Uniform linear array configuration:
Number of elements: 12
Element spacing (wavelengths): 1
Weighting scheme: exponential
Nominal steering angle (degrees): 60
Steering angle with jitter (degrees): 58.317
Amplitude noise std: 0.05
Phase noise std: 0.05

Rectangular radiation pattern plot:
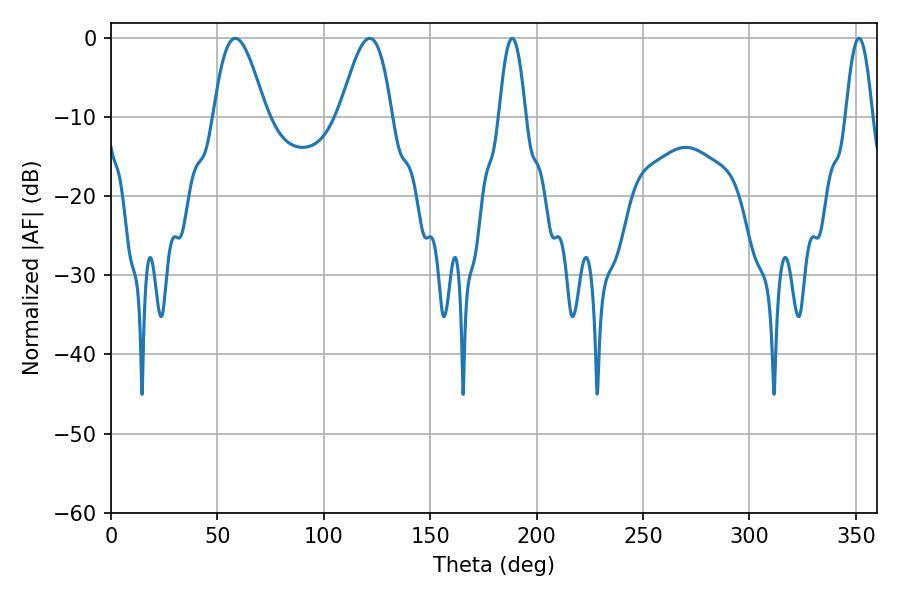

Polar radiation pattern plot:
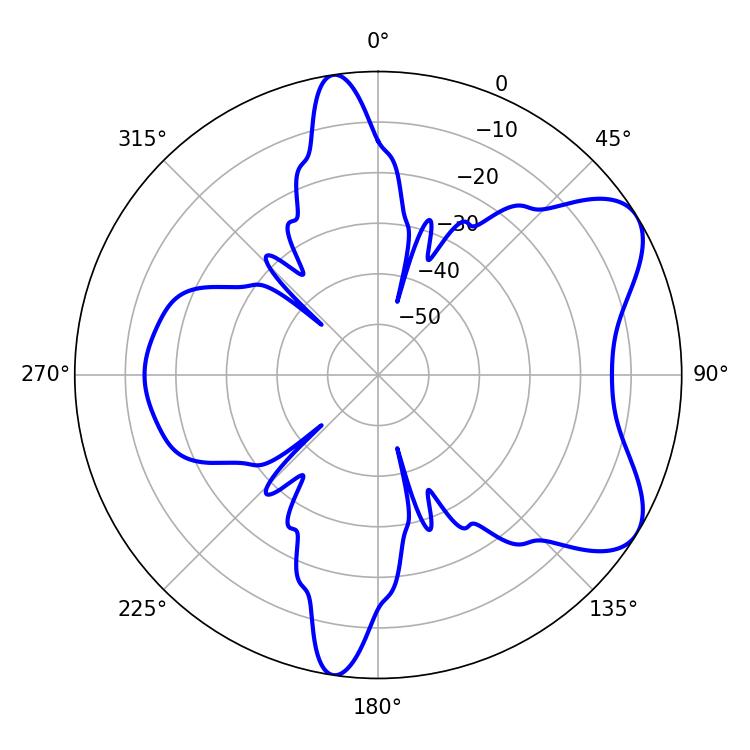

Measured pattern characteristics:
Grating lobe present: TRUE
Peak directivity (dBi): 6.954
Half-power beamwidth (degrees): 13.14
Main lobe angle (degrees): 58.5